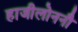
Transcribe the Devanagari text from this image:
हाजीलोननौ